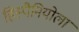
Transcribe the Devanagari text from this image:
हिस्पैनियोला